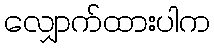
လျှောက်ထားပါက